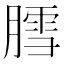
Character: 膤